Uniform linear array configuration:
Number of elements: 32
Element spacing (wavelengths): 1
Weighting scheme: uniform
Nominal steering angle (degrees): -15
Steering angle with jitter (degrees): -15.4
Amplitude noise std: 0.05
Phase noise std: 0.05

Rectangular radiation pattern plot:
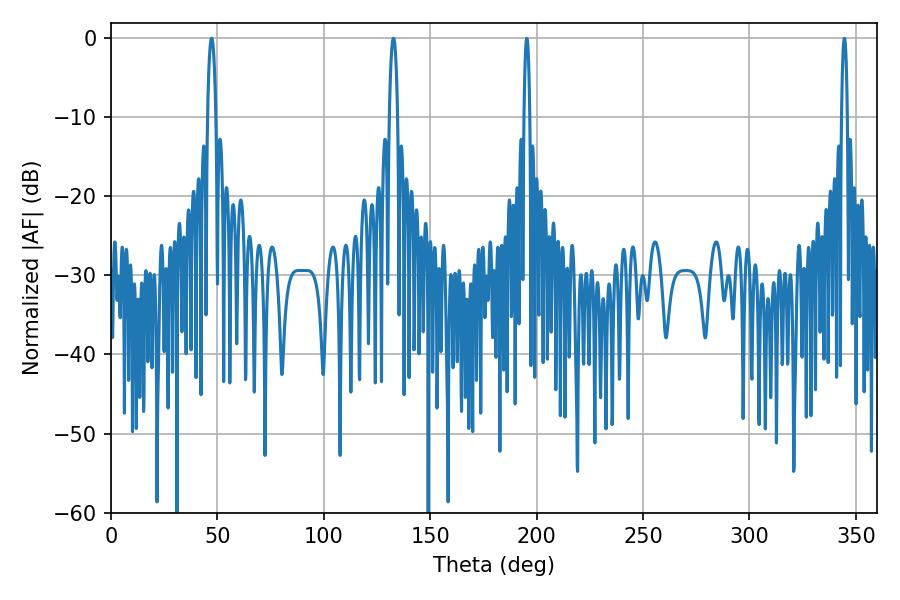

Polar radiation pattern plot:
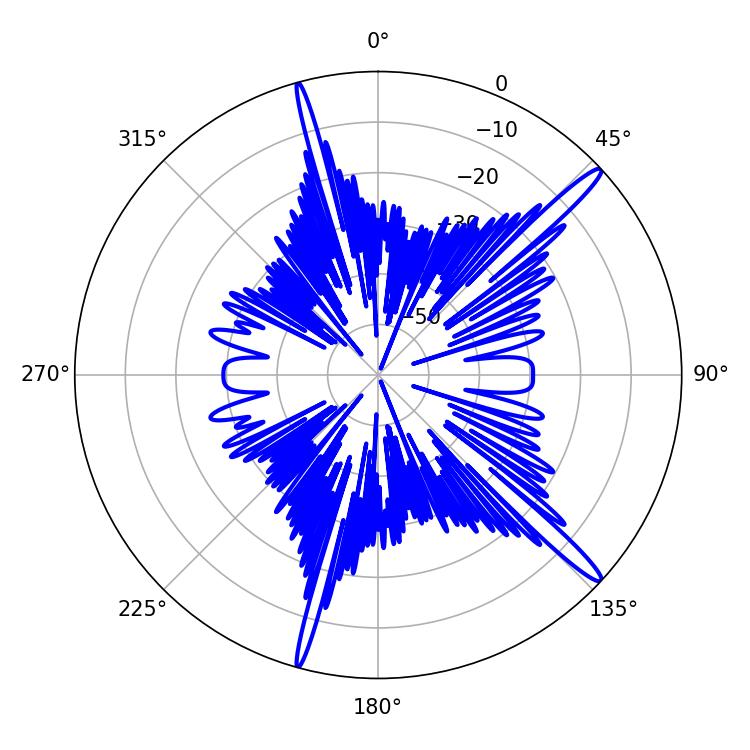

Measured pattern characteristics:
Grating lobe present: TRUE
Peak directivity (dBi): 16.042
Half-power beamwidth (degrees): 2.16
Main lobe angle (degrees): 132.66